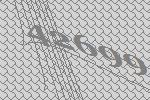
42699